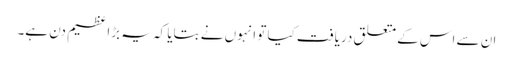
ان سے اس کے متعلق دریافت کیا تو انہوں نے بتایا کہ یہ بڑا عظیم دن ہے۔